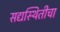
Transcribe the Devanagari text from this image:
सद्यस्थितीचा